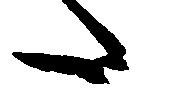
た